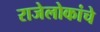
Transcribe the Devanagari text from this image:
राजेलोकांचे